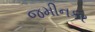
જમીનકર